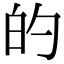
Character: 的